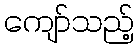
ကျော်သည့်